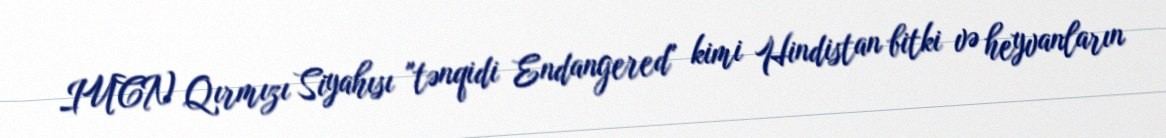
IUCN Qırmızı Siyahısı "tənqidi Endangered" kimi Hindistan bitki və heyvanların